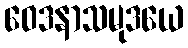
ဝေဒနာသမုဒယေ